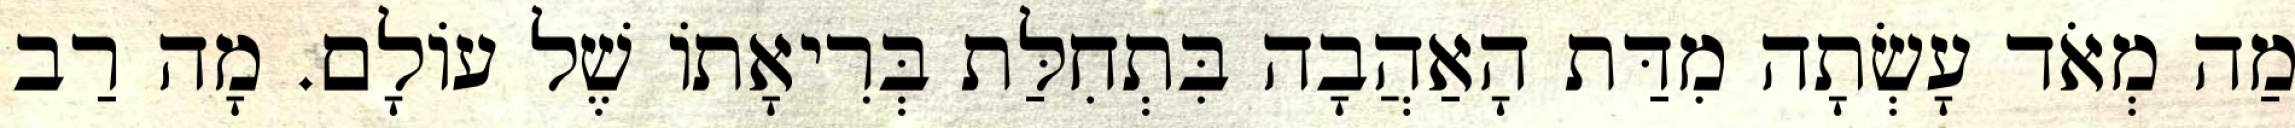
מַה מְאֹד עָשְׂתָה מִדַּת הָאַהֲבָה בִּתְחִלַּת בְּרִיאָתוֹ שֶׁל עוֹלָם. מָה רַב